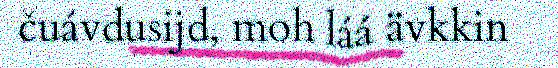
čuávdusijd, moh láá ävkkin